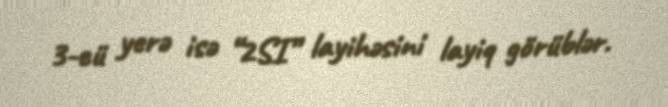
3-cü yerə isə “2SI” layihəsini layiq görüblər.